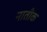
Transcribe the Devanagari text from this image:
नातीक